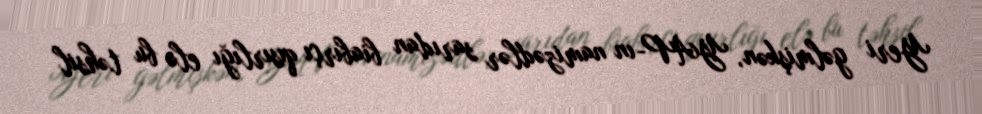
Yeri gəlmişkən, YAP-ın namizədlər sarıdan biabırçı qısırlığı elə bu təhsil